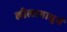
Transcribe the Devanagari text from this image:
लीलामाधुर्य